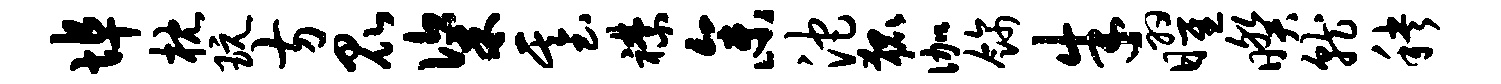
埠枕玩方昆粢基襟参沱狐伽饰朱曜暌就秧